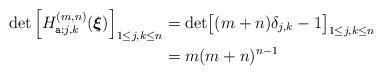
LaTeX: \begin{align*}\det \left[ H^{(m,n)}_{\texttt{a}; j,k} ( \boldsymbol{\xi} ) \right]_{1\leq j,k\leq n} &=\det \bigl[ (m+n)\delta_{j,k}-1 \bigr]_{1\leq j,k\leq n} \\&= {m (m+n)^{n-1}}\end{align*}